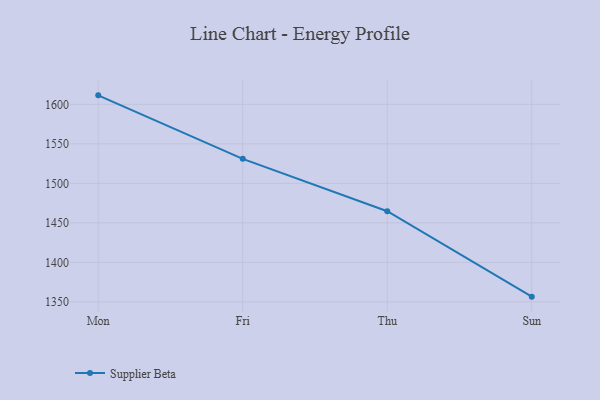
{"axis": {"x": "Day", "y": "Market Share (%)"}, "legend": ["Supplier Beta"], "data": [{"x": "Mon", "y": 1611.4, "type": "Supplier Beta"}, {"x": "Fri", "y": 1531.0, "type": "Supplier Beta"}, {"x": "Thu", "y": 1464.7, "type": "Supplier Beta"}, {"x": "Sun", "y": 1356.6, "type": "Supplier Beta"}]}